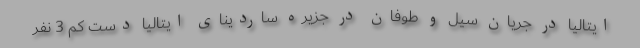
ایتالیا در جریان سیل و طوفان در جزیره ساردینای ایتالیا دست کم 3 نفر